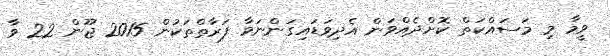
ވީމާ މި މަސައްކަތް ކޮށްދެއްވަން އެދިވަޑައިގަންނަވާ ފަރާތްތަކުން 2015 ޖޫން 22 ވާ